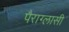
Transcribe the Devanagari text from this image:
पैराग्लासी